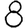
Digit: 8